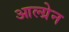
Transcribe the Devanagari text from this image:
आल्ग्रेन